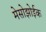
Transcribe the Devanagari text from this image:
मेसोझोईक